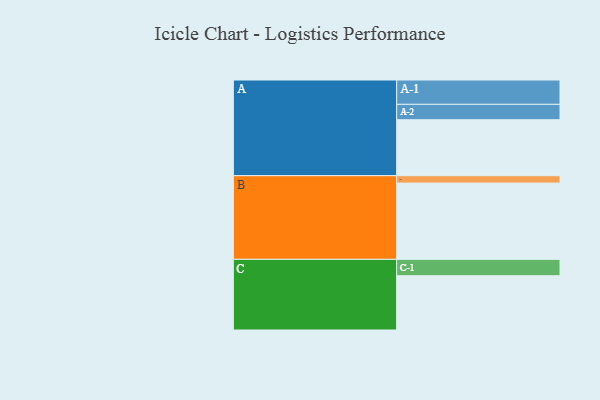
{"axis": {"x": "Segment", "y": "Value"}, "legend": ["", "A", "B", "C"], "data": [{"x": "A", "y": 400, "type": ""}, {"x": "B", "y": 545, "type": ""}, {"x": "C", "y": 388, "type": ""}, {"x": "A-1", "y": 174, "type": "A"}, {"x": "A-2", "y": 110, "type": "A"}, {"x": "B-1", "y": 53, "type": "B"}, {"x": "C-1", "y": 117, "type": "C"}]}